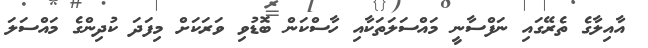
އާއިލާގެ ތެރޭގައި ނަފްސާނީ މައްސަލަތަކާއި ހާސްކަން ބޮޑުވި ވަރަކަށް މިފަދަ ކުދިންގެ މައްސަލަ